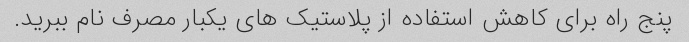
پنج راه برای کاهش استفاده از پلاستیک های یکبار مصرف نام ببرید.